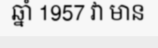
ឆ្នាំ 1957 វា មាន